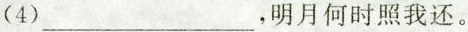
(4)___，明月何时照我还。